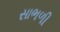
સાભળી